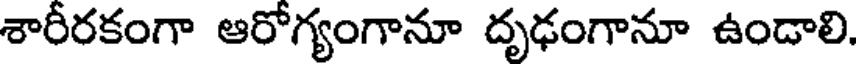
శారీరకంగా ఆరోగ్యంగానూ దృఢంగానూ ఉండాలి.